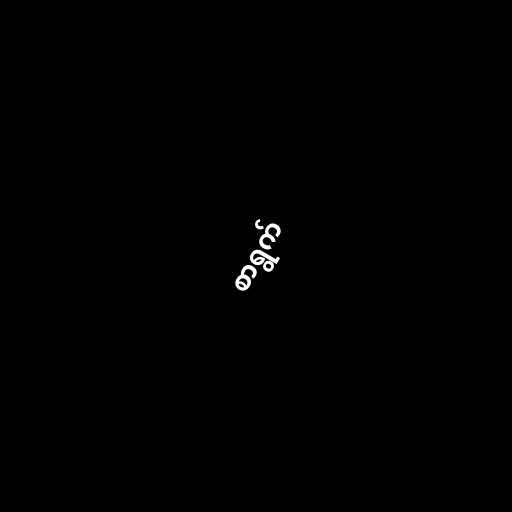
စာရွက်